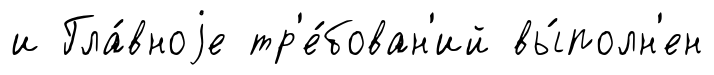
и Гла́вноjе тр'е́бован'ий вы́полн'ен